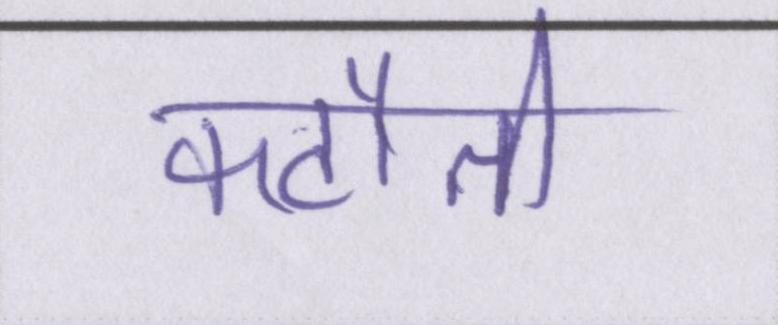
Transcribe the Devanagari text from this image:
कटौती